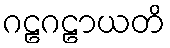
ဂဠဂဠာယတိ